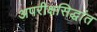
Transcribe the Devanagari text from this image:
अपरीक्षसिद्धांत